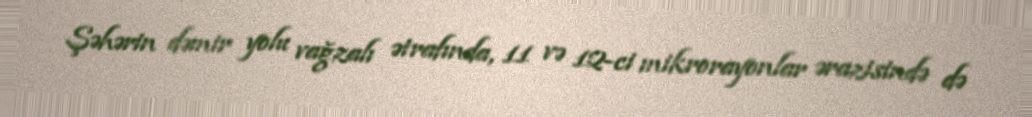
Şəhərin dəmir yolu vağzalı ətrafında, 11 və 12-ci mikrorayonlar ərazisində də